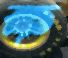
ক